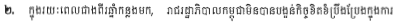
២. ក្នុងរយៈពេលជាងពីរឆ្នាំកន្លងមក, រាជរដ្ឋាភិបាលកម្ពុជាមិនបានបង្អន់កិច្ចខិតខិប្រឹងប្រែងក្នុងការ